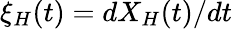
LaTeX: \xi_{H}(t)=dX_{H}(t)/dt